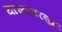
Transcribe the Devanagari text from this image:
यांच्यावरसुद्धा